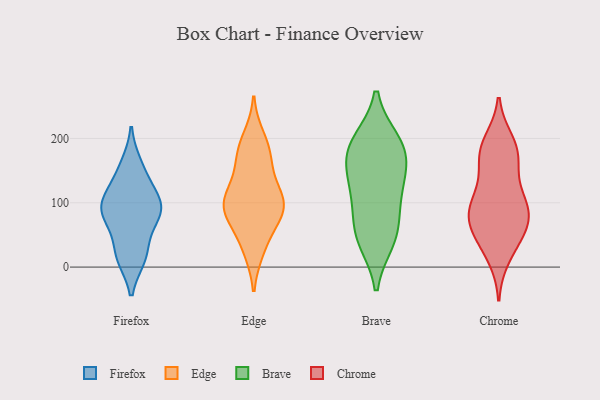
{"axis": {"x": "Customer Acquisition Cost (USD)", "y": "Value"}, "legend": ["Brave", "Chrome", "Edge", "Firefox"], "data": [{"x": "", "y": 16, "type": "Firefox"}, {"x": "", "y": 158, "type": "Firefox"}, {"x": "", "y": 86, "type": "Firefox"}, {"x": "", "y": 18, "type": "Firefox"}, {"x": "", "y": 146, "type": "Firefox"}, {"x": "", "y": 71, "type": "Firefox"}, {"x": "", "y": 114, "type": "Firefox"}, {"x": "", "y": 105, "type": "Firefox"}, {"x": "", "y": 22, "type": "Firefox"}, {"x": "", "y": 90, "type": "Firefox"}, {"x": "", "y": 94, "type": "Firefox"}, {"x": "", "y": 82, "type": "Firefox"}, {"x": "", "y": 28, "type": "Edge"}, {"x": "", "y": 90, "type": "Edge"}, {"x": "", "y": 125, "type": "Edge"}, {"x": "", "y": 83, "type": "Edge"}, {"x": "", "y": 182, "type": "Edge"}, {"x": "", "y": 81, "type": "Edge"}, {"x": "", "y": 200, "type": "Edge"}, {"x": "", "y": 86, "type": "Edge"}, {"x": "", "y": 113, "type": "Edge"}, {"x": "", "y": 102, "type": "Edge"}, {"x": "", "y": 100, "type": "Edge"}, {"x": "", "y": 173, "type": "Edge"}, {"x": "", "y": 162, "type": "Edge"}, {"x": "", "y": 34, "type": "Edge"}, {"x": "", "y": 115, "type": "Brave"}, {"x": "", "y": 113, "type": "Brave"}, {"x": "", "y": 50, "type": "Brave"}, {"x": "", "y": 174, "type": "Brave"}, {"x": "", "y": 141, "type": "Brave"}, {"x": "", "y": 59, "type": "Brave"}, {"x": "", "y": 43, "type": "Brave"}, {"x": "", "y": 194, "type": "Brave"}, {"x": "", "y": 176, "type": "Brave"}, {"x": "", "y": 191, "type": "Brave"}, {"x": "", "y": 170, "type": "Chrome"}, {"x": "", "y": 36, "type": "Chrome"}, {"x": "", "y": 187, "type": "Chrome"}, {"x": "", "y": 47, "type": "Chrome"}, {"x": "", "y": 194, "type": "Chrome"}, {"x": "", "y": 83, "type": "Chrome"}, {"x": "", "y": 100, "type": "Chrome"}, {"x": "", "y": 69, "type": "Chrome"}, {"x": "", "y": 118, "type": "Chrome"}, {"x": "", "y": 85, "type": "Chrome"}, {"x": "", "y": 68, "type": "Chrome"}, {"x": "", "y": 77, "type": "Chrome"}, {"x": "", "y": 17, "type": "Chrome"}, {"x": "", "y": 168, "type": "Chrome"}, {"x": "", "y": 108, "type": "Chrome"}, {"x": "", "y": 174, "type": "Chrome"}]}